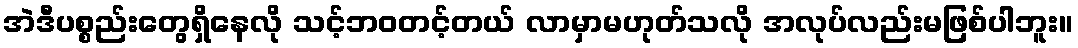
အဲဒီပစ္စည်းတွေရှိနေလို သင့်ဘဝတင့်တယ် လာမှာမဟုတ်သလို အလုပ်လည်းမဖြစ်ပါဘူး။